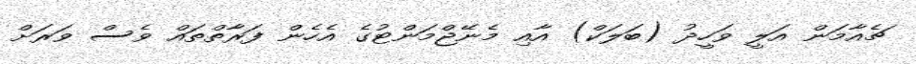
ޗެއާމަން އަލީ ވަހީދު (ބަލަކް) އާއި މެނޭޖްމަންޓުގެ އެހެން ފަރާތްތައް ވެސް ވަރަށް